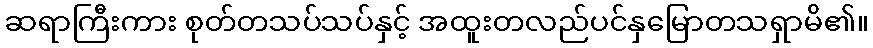
ဆရာကြီးကား စုတ်တသပ်သပ်နှင့် အထူးတလည်ပင်နှမြောတသရှာမိ၏။